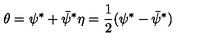
\theta = \psi ^ { \ast } + \bar { \psi } ^ { \ast } \eta = { \frac { 1 } { 2 } } ( \psi ^ { \ast } - \bar { \psi } ^ { \ast } )